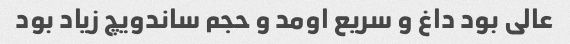
عالی بود داغ و سریع اومد و حجم ساندویچ زیاد بود